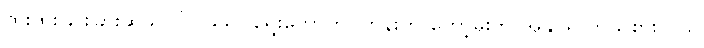
ထူးထူးခြားခြားဆိုသလို ၁၉၉၀ ရွေးကောက်ပွဲတုန်းက ကော့မှူးက အနိုင်ရ ကိုယ်စားလှယ်